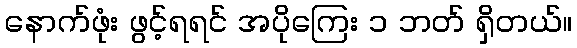
နောက်ဖုံး ဖွင့်ရရင် အပိုကြေး ၁ ဘတ် ရှိတယ်။